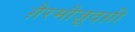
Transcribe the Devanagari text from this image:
ग़ैरमौज़ूदग़ी